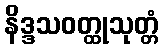
နိဒ္ဒသဝတ္ထုသုတ္တံ